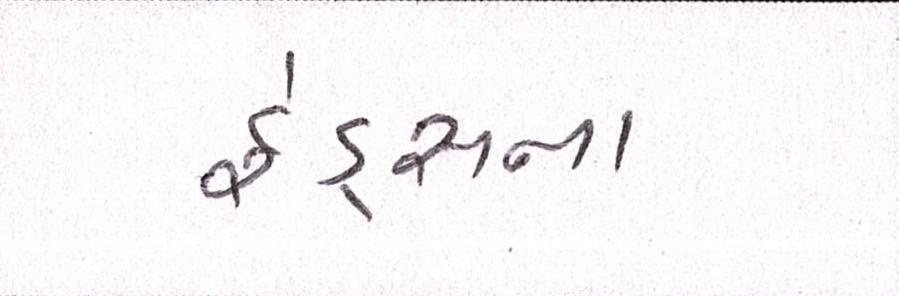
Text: ફંડ્સના